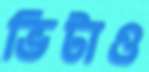
ভিটাও